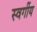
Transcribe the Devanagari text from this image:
स्वगींय